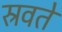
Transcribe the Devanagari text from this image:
स्रवते